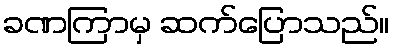
ခဏကြာမှ ဆက်ပြောသည်။